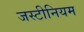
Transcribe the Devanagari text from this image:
जस्टीनियम